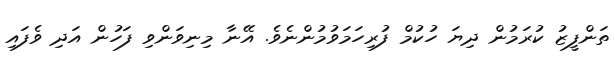
ތަންފީޒު ކުރަމުން ދިޔަ ހުކުމް ފުރިހަމަވުމުންނެވެ. އޭނާ މިނިވަންވި ފަހުން އަދި ވެފައި